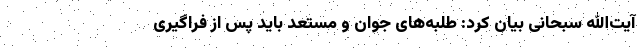
آیت‌الله سبحانی بیان کرد: طلبه‌های جوان و مستعد باید پس از فراگیری